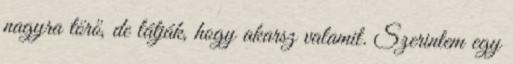
nagyra törő, de látják, hogy akarsz valamit. Szerintem egy